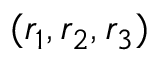
( r _ { 1 } , r _ { 2 } , r _ { 3 } )